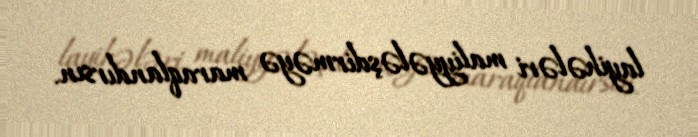
layihələri maliyyələşdirməyə maraqlandırsın.